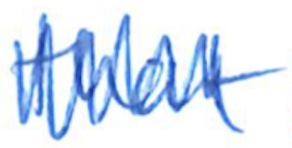
Text: that
Cross-out: zig-zag
Writing tool: ballpoint